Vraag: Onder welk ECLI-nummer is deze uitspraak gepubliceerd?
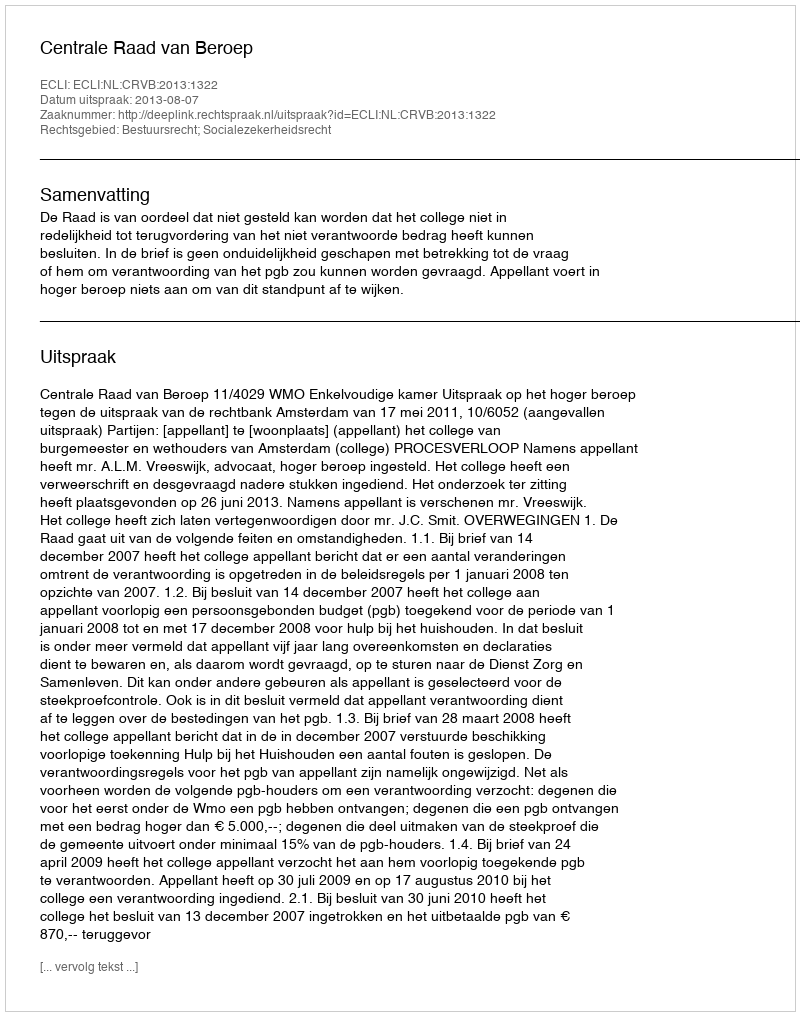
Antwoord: ECLI:NL:CRVB:2013:1322